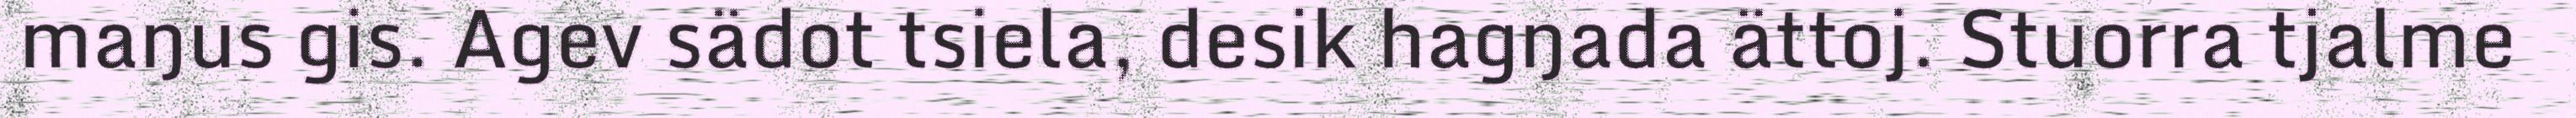
maŋus gis. Agev sädot tsiela, desik hagŋada ättoj. Stuorra tjalme